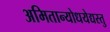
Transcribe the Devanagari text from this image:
अमितान्योधयेद्यस्तु